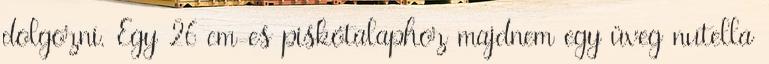
dolgozni. Egy 26 cm-es piskótalaphoz majdnem egy üveg nutella